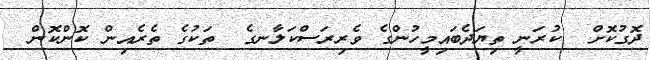
ދޮގުކޮށް  ކުރަނީ ތިޔަދެބައިމީހުންގެ ވެރިރަސްކަލާނގެ  ތަކުގެ ތެރެއިން ކޮންކޮން